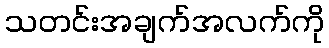
သတင်းအချက်အလက်ကို